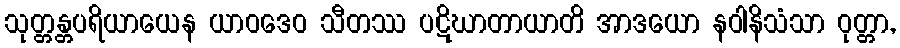
သုတ္တန္တပရိယာယေန ယာဝဒေဝ သီတဿ ပဋိဃာတာယာတိ အာဒယော နဝါနိသံသာ ဝုတ္တာ,